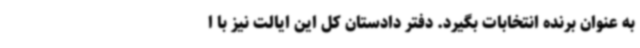
به عنوان برنده انتخابات بگیرد. دفتر دادستان کل این ایالت نیز با ا